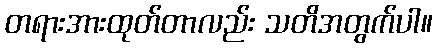
တရားအားထုတ်တာလည်း သတိအတွက်ပါ။